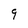
Character: 9